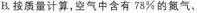
B.按质量计算，空气中含有78%的氮气、